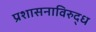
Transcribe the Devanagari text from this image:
प्रशासनाविरुद्ध